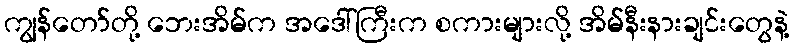
ကျွန်တော်တို့ ဘေးအိမ်က အဒေါ်ကြီးက စကားများလို့ အိမ်နီးနားချင်းတွေနဲ့